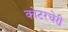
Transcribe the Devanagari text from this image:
कोटरचेरी